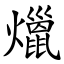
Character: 爉